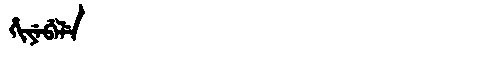
Manchu: ᡥᡳᠶᡝᠪᡝᠯᡝ
Romanization: HIYEBELE